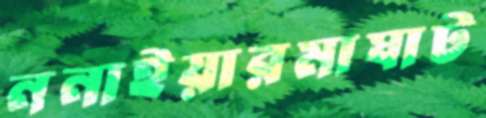
ননাইয়ারমাঘাট